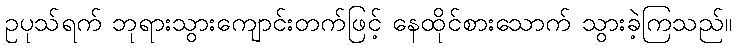
ဥပုသ်ရက် ဘုရားသွားကျောင်းတက်ဖြင့် နေထိုင်စားသောက် သွားခဲ့ကြသည်။